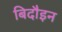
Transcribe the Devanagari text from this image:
बिदौइन